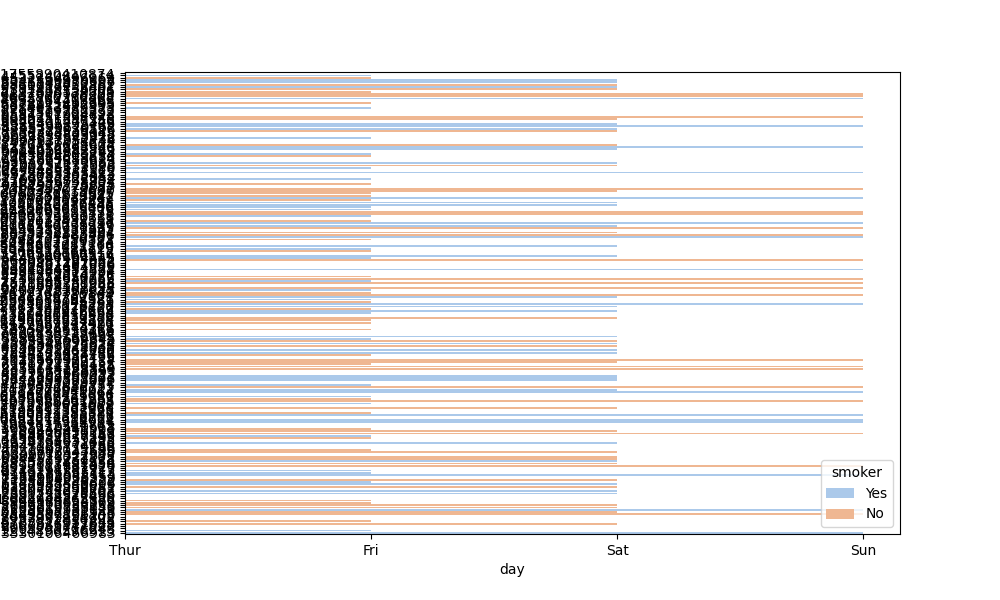
python, seaborn, barplot, hue='smoker', palette='pastel', ci=95, orient='h'